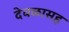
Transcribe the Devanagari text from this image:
देवळासह